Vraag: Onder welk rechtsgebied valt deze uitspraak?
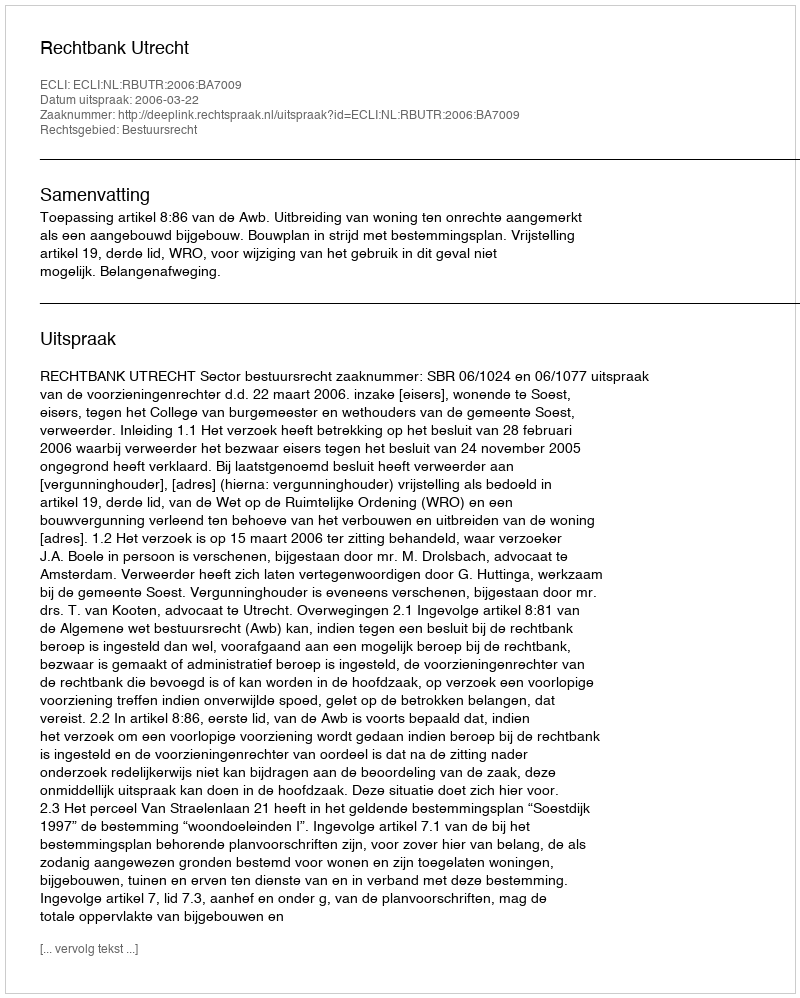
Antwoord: Bestuursrecht